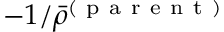
- 1 / \bar { \rho } ^ { ( \mathrm { ~ p ~ a ~ r ~ e ~ n ~ t ~ } ) }